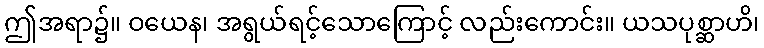
ဤအရာ၌။ ဝယေန၊ အရွယ်ရင့်သောကြောင့် လည်းကောင်း။ ယသပုစ္ဆာဟိ၊